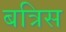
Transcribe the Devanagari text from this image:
बत्रिस